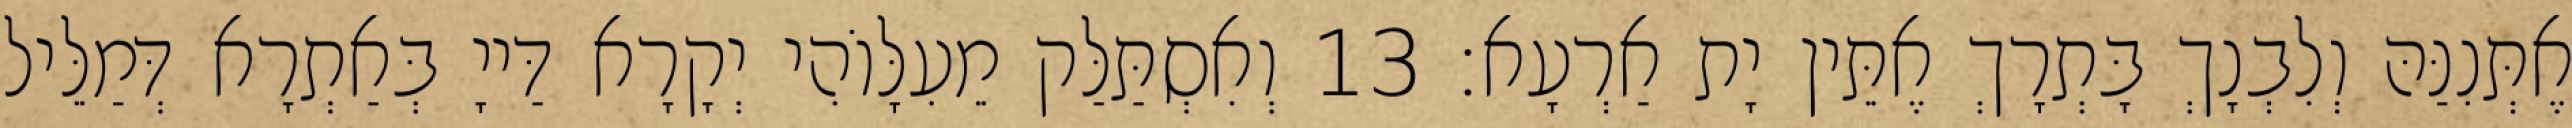
אֶתְּנִנַּהּ וְלִבְנָךְ בָּתְרָךְ אֶתֵּין יָת אַרְעָא׃ 13 וְאִסְתַּלַּק מֵעִלָּוֹהִי יְקָרָא דַּייָ בְּאַתְרָא דְּמַלֵּיל